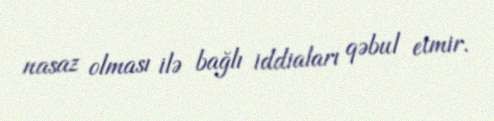
nasaz olması ilə bağlı iddiaları qəbul etmir.